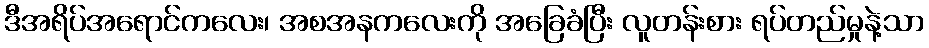
ဒီအရိပ်အရောင်ကလေး၊ အစအနကလေးကို အခြေခံပြီး လူတန်းစား ရပ်တည်မှုနဲ့သာ